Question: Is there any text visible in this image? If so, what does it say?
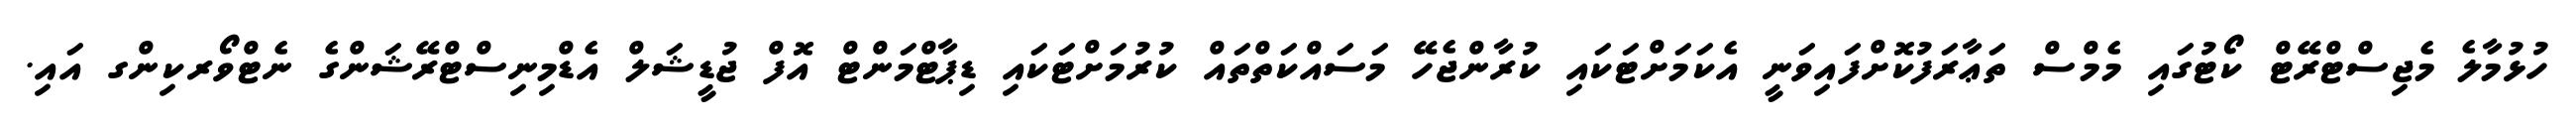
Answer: ހުޅުމާލެ މެޖިސްޓްރޭޓް ކޯޓުގައި މެމްސް ތަޢާރަފުކޮށްފައިވަނީ އެކަމަށްޓަކައި ކުރާންޖެހޭ މަސައްކަތްތައް ކުރުމަށްޓަކައި ޑިޕާޓްމަންޓް އޮފް ޖުޑީޝަލް އެޑްމިނިސްޓްރޭޝަންގެ ނެޓްވޯރކިންގ އައި.